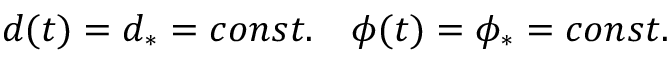
d ( t ) = d _ { \ast } = c o n s t . \quad \phi ( t ) = \phi _ { \ast } = c o n s t .